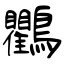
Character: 鸜